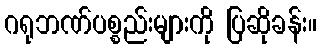
ဂရုဘဏ်ပစ္စည်းများကို ပြဆိုခန်း။